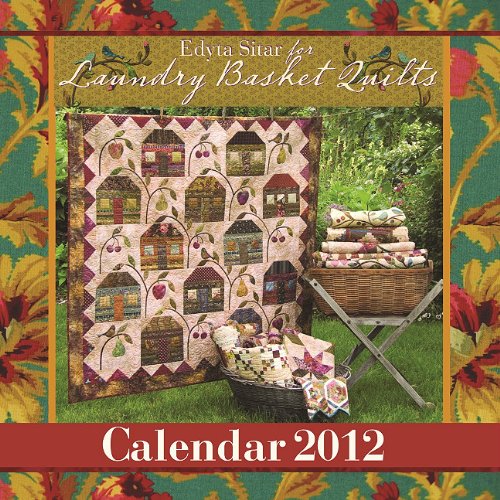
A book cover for Laundry Basket Quilt 2012 Calendar; Edyta Sitar; Calendars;